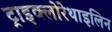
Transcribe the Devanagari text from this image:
ट्राइक्लोरेथाइलिन